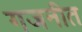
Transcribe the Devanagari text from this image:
गजनीत